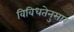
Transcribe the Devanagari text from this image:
विविधतेनुसार